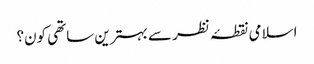
اسلامی نقطۂ نظر سے بہترین ساتھی کون؟